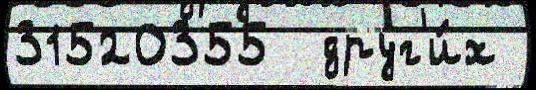
31520355  друг'и́х